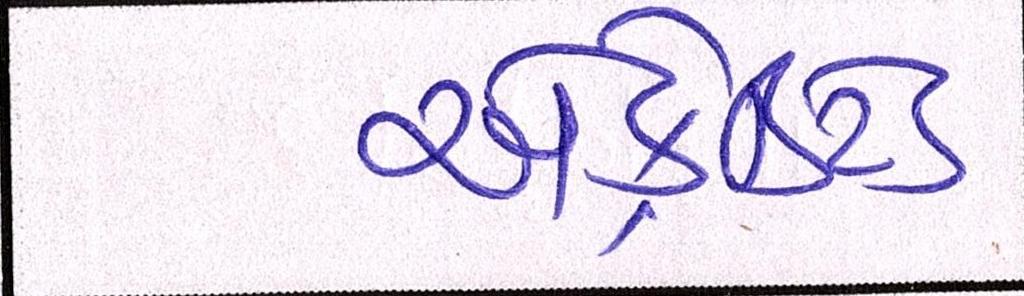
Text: એક્રેડિટેડ